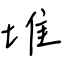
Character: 堆